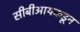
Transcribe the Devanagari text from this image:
सीबीआयकडून